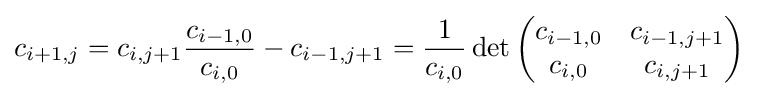
c_{i+1,j}=c_{i,j+1}{\frac {c_{i-1,0}}{c_{i,0}}}-c_{i-1,j+1}={\frac {1}{c_{i,0}}}\det {\begin{pmatrix}c_{i-1,0}&c_{i-1,j+1}\\c_{i,0}&c_{i,j+1}\end{pmatrix}}